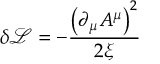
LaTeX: \delta { \mathcal { L } } = - { \frac { \left( \partial _ { \mu } A ^ { \mu } \right) ^ { 2 } } { 2 \xi } }